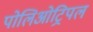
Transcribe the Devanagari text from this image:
पोलिओट्रिपल